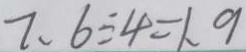
7 . 6 \div 4 = 1 . 9